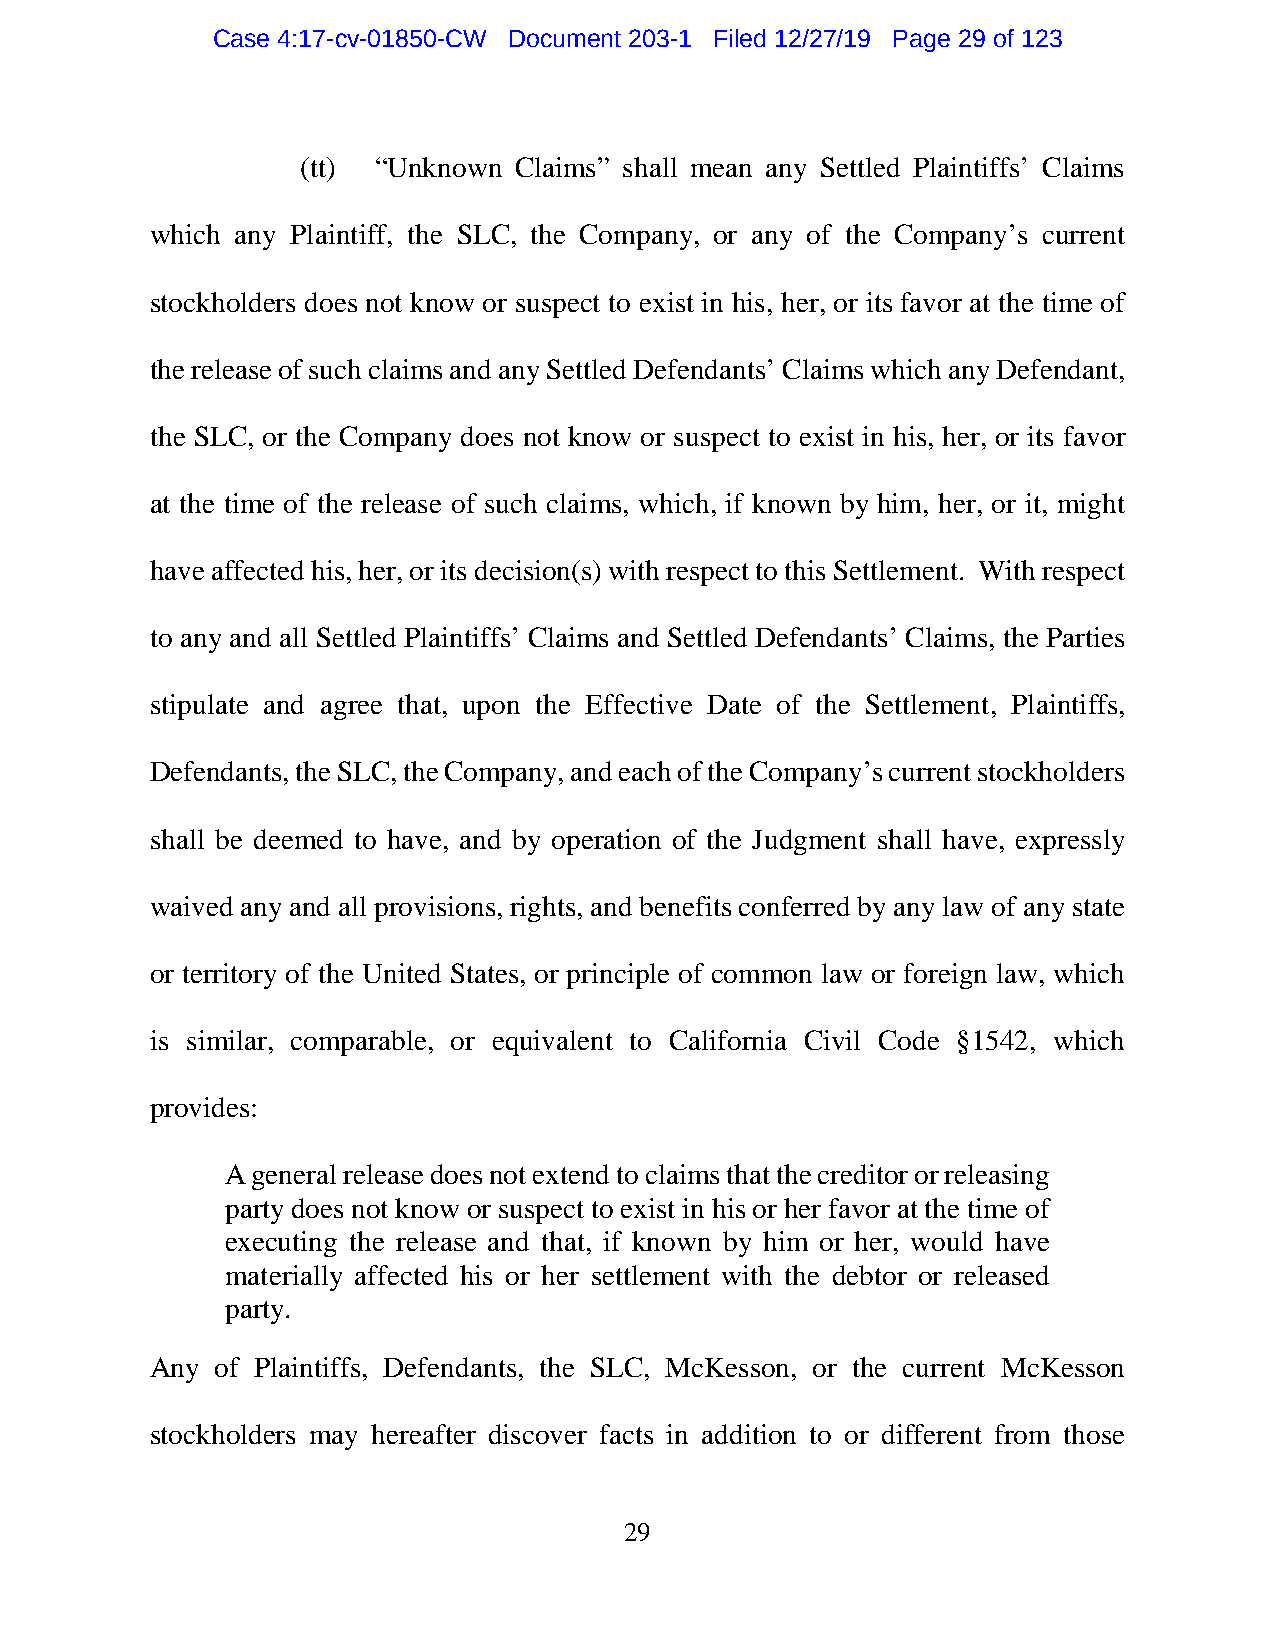
Case 4:17-cv-01850-CW Document 203-1 Filed 12/27/19 Page 29 of 123
 (tt) “Unknown Claims” shall mean any Settled Plaintiffs’ Claims
 which any Plaintiff, the SLC, the Company, or any of the Company’s current
 stockholders does not know or suspect to exist in his, her, or its favor at the time of
 the release of such claims and any Settled Defendants’ Claims which any Defendant,
 the SLC, or the Company does not know or suspect to exist in his, her, or its favor
 at the time of the release of such claims, which, if known by him, her, or it, might
 have affected his, her, or its decision(s) with respect to this Settlement. With respect
 to any and all Settled Plaintiffs’ Claims and Settled Defendants’ Claims, the Parties
 stipulate and agree that, upon the Effective Date of the Settlement, Plaintiffs,
 Defendants, the SLC, the Company, and each of the Company’s current stockholders
 shall be deemed to have, and by operation of the Judgment shall have, expressly
 waived any and all provisions, rights, and benefits conferred by any law of any state
 or territory of the United States, or principle of common law or foreign law, which
 is similar, comparable, or equivalent to California Civil Code §1542, which
 provides:
 A general release does not extend to claims that the creditor or releasing
 party does not know or suspect to exist in his or her favor at the time of
 executing the release and that, if known by him or her, would have
 materially affected his or her settlement with the debtor or released
 party.
 Any of Plaintiffs, Defendants, the SLC, McKesson, or the current McKesson
 stockholders may hereafter discover facts in addition to or different from those
 29